Vital statistics of India. Vol. IV, Annual returns from 1871 to 1876. British Army of India, Native Army and jails of Bengal
Year: 1871
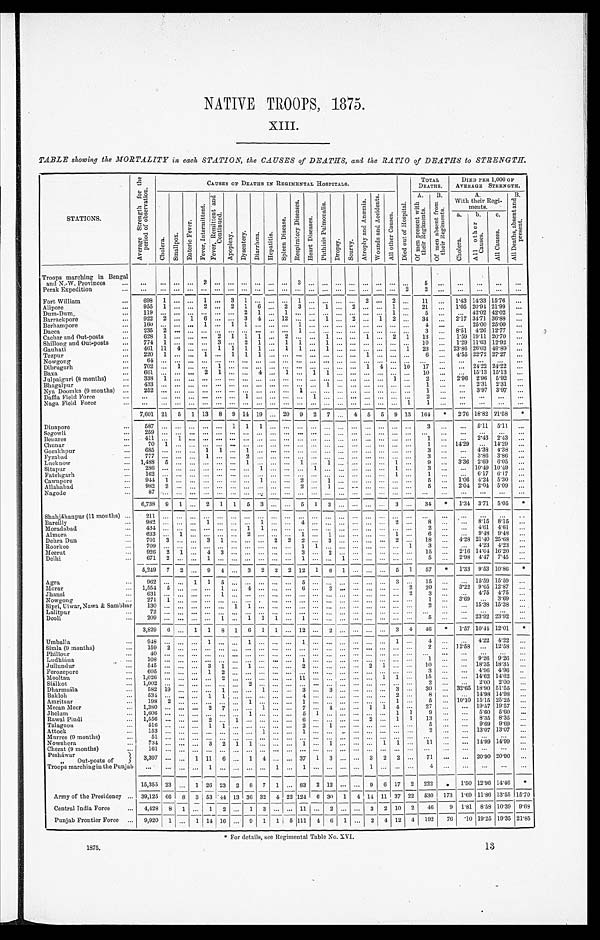
NATIVE TROOPS, 1875.
III.
TABLE showing the MORTALITY in, each STATION, the CAUSES of DEATHS, and the RATIO of DEATHS to STRENGTH.
STATIONS.
A v e r a g e S t r e n g t h f o r t h e p e r i o d o f o b s e r v a t i o n .
C A U S E S O F D E A T H I N R E G I M E N T A L H O S P I T A L S .
TOTAL
DEATHS.
DIED PER 1,000 OF
AVERAGE STRENGTH.
C h o l e r a .
S m a l l p o x .
e n t c r i c F e v e r .
F e v e r R e m i t t e n t a n d C o n t i n u e d .
A p o p l e x y .
D y s e n t e r y . D i a r r h œ a .
H e p a t i t i s .
s p l e e n D i s e a s e s .
R e s p i r a t o r y d i s e a s e s .
H e a r t d i s e a s e s .
P h t h i s i s P u l m o n a l i s .
D r o s y . s c u r v y .
A t r o p h y a n d A n æ m i a .
W o u n d s a n d a c c i d e n t s .
A l l o t h e r C a u s e s .
D i e d o u t o f H o s p i t a l .
A . O f m e n p r e s e n t w i t h t h e i r R e g i m e n t s . B . O f m e n a b s e n t w i t h t h e i r R e g i m e n t s .
A .
W i t h t h e i r R e g i m e n t .
B. A l l D e a t h s , a b s e n t a n d p r e s e n t .
a .
C h o l e r a . b. A l l o t h e r c a u s e s . c .
A l l C a u s e s .
Troops marching in Bengal
and N.-W. Provinces ... ... ... ... ... 2
. . . . . . . . . . . .
. . . . . .
3
. . . . . . . . .
... ... ... ... ... 5
. . .
. . . ... ... ...
Perak Expedition
. . . . . .
. . . . . . . . . . . . . . . . . . . . . . . .
. . . . . . . . . . . . . . . . . . . . . . . . . . . . . . 2 2 . . .
. . . . . .
. . . ...
Fort William
... 698 1 ... ... 1 ... 3 1 ... ... ... 1 ... ... ... ... 2 . . . 2 . . . 11
. . . 1.43 14.33 15.76 ...
Alipore
. . . 955 1 ... ... 2 ... 2 1 6 ... 2 3 ... 1 ... 2 ... ... 1 . . . 21 . . . 1.05 20.94 21.99
. . .
Dum-Dum_
. . . 119 . . . . . . . . . . . . . . . . . . 2 1
1 . . . . . . . . . . . . . . . . . . . . . 1 . . . 5
... ... 42.02 42.02 ...
Barrackpore
... 922 2 ... 1 6 ... ... 3 4
. . . 1 2 . . . . . . 1 . . . . . . ... 1 2 ... 34 . . . 2.17 34.71 36.88
. . .
Berhampore
...
1 6 0 . . . . . . . . . 1 . . . . . . 1 1
. . . . . . 1 1 . . . . . . . . . . . . . . . . . . . . . 4
. . .
. . . 25.00 25.00 ...
Dacca
. . .
2 3 5 2 . . . . . . . . . . . . . . . . . . . . .
. . . . . . 1 . . . . . . . . . . . . . . . . . . . . . . . . 3 . . .
8 ' 5 1 4.26 12.77
...
Cachar and Out-posts
... 628 1 ... ... ... 2 1 1 1 ... 2 ... . . . 1 . . . . . . . . . ... 2 1 13
. . . 1.59 19.11 20.70
. . .
Shillong and Out-posts ... 774 1 ... . . . ... 3 ... 2 1 ... 1 1 ... 1 ... ... ... ... ... ... 10 . . . 1.29 11.63 12.92 ...
Gauhati
. . . 461 11 4 . . . ... 1 1 1 1 ... 1 1 ... 1 ... ... ... ... . . . 1 23
. . . 23.86 26.03 49.89 ...
Tezpur
. . . 220 1 . . . . . . 1 . . . 1 1 1
. . . . . . . . . . . . . . . . . . . . . 1 . . . . . . . . . 6 . . . 4.55 22.72 27.27 ...
Nowgong
. . .
6 4 . . . . . . . . . . . . . . . . . . . . . . . .
. . . . . . . . . . . . . . . . . . . . . . . . . . . . . . . . .
. . . . . .
. . . . . .
. . . ...
Dibrugarh
. . . 702 . . . 1 . . . . . . 1 . . . . . . . . .
. . . . . . . . . ... ... ... ... 1 4 ... 10 17 ... ... 24.22 24.22 ...
Baxa
...
6 6 1 . . . . . . . . . 2 1 . . . . . . 4
. . . 1 ... 1 1 . . . . . . ... ... ... . . . 10 . . . ... 15.13 15.13 ...
Julpaiguri (8 months)
. . . 338 1 . . . . . . . . . . . . . . . . . . . . .
. . . . . . . . . . . . . . . . . . . . . . . . . . . . . . ... 2
... 2.96 2.90 5.92
. . .
Bhagalpur
...
4 3 3 . . . . . . . . . . . . . . . . . . . . . . . .
. . . . . . . . . . . . 1 . . . . . . . . . ... ... ... 1 ... . . . 2.31 2.31 ...
Nya Doomka (9 months) ...
2 5 2 . . . . . . . . . . . . . . . . . . . . . . . .
. . . . . . 1 . . . ... . . . ... ... ... . . . ... 1 ... ... 3.97
3 . 9 7 ...
Daffla field force
. . .
. . . ... . . . . . . . . . . . . . . . 1 ...
. . . . . . . . . 1 . . . . . . ... . . . ... . . . . . .
2
. . . . . .
. . .
. . . ...
Naga Field Force
. . .
. . . . . . . . . . . . . . . . . . . . . . . . . . .
. . . . . . . . . . . . . . . . . . . . . . . . . . . . . . 1
1
. . . . . .
. . .
. . . ...
7,601 21 5 1 13 8 9 14 19 ...20 9 2 7 ... 4 5 5 9 13 164
* 2.76 18.82 21.58 *
Dinapore
. . .
5 8 7 . . . . . . . . . . . . . . . 1 1 1
. . . . . . . . . . . . . . . . . . . . . . . . . . . . . . . . . 3
. . . . . . 5.11 5.11
. . .
Segowli
. . .
2 5 9 . . . . . . . . . . . . . . . . . . . . . . . .
. . . . . . . . . . . . . . . . . . . . . . . . . . . . . . . . .
. . . . . .
. . . . . .
. . . ...
Benares
. . .
4 1 1 . . . 1 . . . . . . . . . . . . . . . . . .
. . . . . . . . . . . . . . . . . . . . . . . . . . . . . . . . . 1 . . .
. . . 2.43 2.43 ...
Chunar
. . . 70 1 ... . . . ... ... . . . ... . . . ... ... . . . ... ... . . . . . . . . . . . . . . . . . . 1 ... 14.29 ... 14.29 ...
Gorakhpur
. . .
6 8 5 . . . . . . . . . 1 1 . . . 1 . . .
. . . . . . . . . ... . . . . . . . . . . . . . . . . . . . . . 3
. . . ... 4.38 4.38 ...
Fyzabad
...
7 7 7 . . . . . . . . . 1 . . . . . . 2 . . .
. . . . . . . . . . . . . . . ... . . . . . . . . . ... . . . 3 . . . ... 3.86 3.86 ...
Lucknow
. . .
1 , 4 8 8 5 . . . . . . . . . . . . . . . 1 . . .
. . . . . . 1 . . . 1 . . . . . . . . . . . . 1 . . . 9 . . . 3.36 2.09 6.05
. . .
Sitapur
. . .
2 8 6 . . . . . . . . . . . . . . . . . . . . . 1
. . . . . . . . . 1 . . . . . . . . . . . . . . . 1 . . . 3 ... ... 10.49 10.19
. . .
Fatehgarh
...
1 6 2 . . . . . . . . . . . . . . . . . . . . . . . .
. . . . . . . . . . . . . . . . . . . . . . . . . . . 1 . . . 1 ...
. . . 6.17 6.17 ...
Cawnpore
. . . 944 1 . . . . . . . . . . . . . . . . . . 1
. . . . . . 2 . . . 1 . . . . . . . . . . . . . . . . . .
5
. . . 1.06 4.24 5.30
. . .
Allahabad
. . .
9 8 2 . . . . . . . . . . . . . . . . . . . . . . . .
. . . . . . 2 . . . 1 . . . . . . . . . . . . . . . . . . 5 . . . 2.04 2.04 5.09 ...
Nagode
. . .
8 7 . . . . . . . . . . . . . . . . . . . . . 0 . . . . . . . . .
. . . . . . . . . . . . . . . . . . . . . . . . . . . . . .
. . .
. . .
. . .
. . .
. . .
Shahjáhanpur (11 months) ...
6,738 9 1 ... 2 1 1 5 3 ... ... 5 1 3 ... ... ... ... 3 ... 34
* 1.34 3.71 5.05 *
211 . . . . . . . . . . . . . . . . . . . . . . . .
. . . . . . . . . . . . . . . . . . . . . . . . . . . . . . . . .
. . . . . .
. . . . . .
. . . ...
Bareilly
. . .
9 8 2 . . . . . . . . . 1 . . . . . . . . . 1
. . . . . . 4 . . . . . . . . . . . . . . . . . . 2 . . . 8
. . . ... 8.15 8.15 ...
Moradabad
. . .
4 3 4 . . . . . . . . . . . . . . . . . . 1 1
. . . . . . . . . . . . . . . . . . . . . . . . . . . . . . . . . 2 ... ... 4.61 4.61 ...
Almora
. . . 633 . . . 1 . . . . . . . . . . . . 2 . . .
. . . . . . 1 . . . 1 . . . . . . . . . . . . 1 . . . 6 . . . ... 9.48 9.48 ...
Dehra Dun
... 701 3 ... ... 3 1 ... ... ... 2 2 2 . . . 3 . . . ... . . . ... 2 . . . 18
. . . 4.28 21.40 25.68 ...
Roorke
. . .
7 0 9 . . . . . . . . . . . . . . . . . . . . . . . .
. . . . . . 1 1 . . . ... . . . ... . . . . . . 1 3 . . . ... 4'23 4'23 ...
Meerut
. . . 926 2 1 . . . 4 3 . . . . . . . . .
. . . . . . 3 . . . 2 . . . . . . . . . . . . . . . . . . 15 ... 2.16 14.04 16.20
. . .
Delhi
...
6 7 1 2 . . . . . . 1 . . . . . . . . . . . .
. . . . . . 1 . . . . . . 1 . . . . . . . . . . . . . . . 5 ... 2.98 4.47 7.45 ...
Agra
...
5,249 7 2 ... 9 4 ... 3 2 2 2 12 1 6 1 ... . . . ... 5 1 57
* 1.33 9.53 10.80 *
9 6 2 . . . . . . 1 1 5 . . . . . . . . .
. . . . . . 5 . . . . . . . . . . . . . . . . . . 3 . . .
1 5 . . .
. . . 1 5 . 5 9
1 5 . 5 9
...
Morar
... 1,554 5 . . . . . . ... 1 . . . 4 . . .
. . . . . . 6 . . . 2 . . . . . . . . . . . . . . . 2 20
. . . 3.22 9.65 12.87 ...
Jhansi
... 631 . . . ... ... . . . 1
... . . . ... ... ... . . . ... . . . ... ... ... ... ... 2 3 ...
. . . 4.75 4.75 ...
Nowgong
. . . 271 1 . . . . . . . . . . . . . . . . . . .
. . . . . . . . . . . . . . . . . . . . . . . . ... . . . . . . 1 . . . 3.69 ... 3.69 ...
Sipri, UIwar, Nawa & Sambhar . . .
1 3 0 . . . . . . . . . . . . . . . 1 1 . . .
. . . . . . . . . . . . . . . . . . . . . . . . . . . . . . . . . 2 . . . ... 15.38 15.38 ...
Lalitpur
...
7 2 . . . . . . . . . . . . . . . . . . . . . . . .
. . . . . . . . . . . . . . . . . . . . . . . . . . . . . . . . .
. . . . . .
. . . . . .
. . . ...
Deoli
... 209 ... . . . . . . ... 1 ... 1 1
. . . . . . . . . . . . . . . . . . . . . . . . . . . . . . . . . 5 . . .
. . . 23.92 23.92
. . .
Umballa
. . .
3,829 6 . . . 1 1 8 1 6 1 1 ...
1 2 ...
2 . . . . . .
. . . . . . 3 4
4 6 * 1.57 10.44 12.01 *
9 4 8 . . . . . . . . . 1 . . . . . . 1 . . .
. . . . . . 1 . . . . . . . . . . . . . . . . . . 1 . . .
4
. . . ... 4.22 4.22 ...
Simla (9 months)
... 159 2 . . . . . . . . . . . . . . . . . . . . .
. . . . . . . . . . . . . . . . . . . . . . . . . . . . . . . . .
2
. . .
1 2 . 5 8 ... 12.58 ...
Phillour
...
4 0 . . . . . . . . . . . . . . . . . . . . . . . .
. . . . . . . . . . . . . . . . . . . . . . . . . . . . . . . . . . . .
. . . . . .
. . .
. . .
. . .
Ludhiána
...
1 0 8 . . . . . . . . . . . . . . . . . . . . . . . .
. . . . . . 1 . . . . . . . . . . . . . . . . . . . . . . . . 1
. . .
. . . 9.26 9.26 ...
Jullundur
... 545 ... ... ... 3 1 ... 1 . . .
. . . . . . 2 . . . . . . . . . . . . 2 1 . . . . . . 10 ... ... 18.35 18.35
. . .
Ferozepor
...
6 0 5 . . . . . . . . . 1 2 . . . . . . . . .
. . . . . . . . . . . . . . . . . . . . . . . . . . . . . . . . . 3 ... ... 4.96 4.96 ...
Moolta
. . .
1 , 0 2 6 . . . . . . . . . . . . 2 . . . . . . . . .
. . . . . . 1 1 . . . . . . . . . . . . . . . 1 1 . . . 15
. . .
. . . 14.62 14.62 ...
Siálko
. . .
1 , 0 0 2 . . . . . . . . . . . . . . . . . . 2 . . .
. . . ... . . . . . . . . . . . . . . . . . . . . . . . . 2 ...
. . . 2.00 2.00 ...
Dharrmsála
... 582 19 ... . . . . . . 1 . . . . . . 1
. . . . . . 3 . . . 3 . . . . . . . . . . . . 3 . . . 30 ... 32.65 19.90 51.55 ...
Bakloh
... 534 . . . . . . . . . 1 1 . . . . . . . . .
. . . . . . 4 . . . . . . . . . . . . . . . . . . 2 . . . 8 ... ... 14.98 14.98 ...
Amritsar
...
1 9 8 2 . . . . . . . . . . . . . . . 1 . . .
. . . . . . 1 . . . . . . . . . . . . ... ... 1 ...
5
. . . 10.10 15.15 25.25 ...
Meean Meer
. . .
1 , 3 8 0 . . . ... ... 2 7 . . . . . . 1
. . . . . . 7 . . . 4 . . . ... 1 1 4 . . . 27 ...
. . . 19.57 19.57
. . .
Jhelum
... 1,606 . . . . . . . . . . . . . . . . . . 1 . . .
. . . . . . 5 1 . . . . . . . . . . . . . . . 1 1 9 . . .
. . . 5.60 5.60
. . .
Rawal Pindi
1,556 . . . . . . ... 2 . . . 1 . . . . . . ... ... 6 ... ... ... ... 2 ... 1 1 13 ... ... 8.35 8.35 ...
Talagaon
. . . 516 ... ... . . . 1 1 . . . . . . . . .
. . . . . . 2 . . . 1 . . . . . . . . . . . . . . . . . . 5 . . . ... 9.69 9.69
. . .
Attock
. . . 153 . . . . . . . . . . . . . . . ... . . . 1
. . . . . . 1 . . . . . . . . . . . . . . . . . . . . . . .
2
. . . . . . 13.07 13.07 ...
Murree (9 months)
...
5 1 . . . . . . . . . . . . . . . . . . . . . . . .
. . . . . . . . . . . . . . . . . . . . . . . . . . . . . . . . . . . .
. . .
. . .
. . .
. . .
. . .
Nowshera
... 734 . . . ... . . . 3 2 1 1 . . .
. . . . . . 1 . . . 1 . . . . . . . . . 1 1 . . . 11 ... ... 14.99 14.99 ...
Cherat (9 months
...
1 6 1 . . . . . . . . . . . . . . . . . . . . . . . .
. . . . . . . . . . . . . . . . . . . . . . . . . . . . . . . . . . . .
. . .
. . .
. . .
. . .
. . .
Pesháwar Out-posts of
} 3,397 . . . . . . 1 11 6 ... 1 4 ... ... 37 1 3 . . . . . . 3 2 2 ... 71 ... ... 20.90 20.90 ...
Troops marching in the Punjab
. . .
. . . . . . . . . 1 . . . . . . . . . . . .
1 . . . 1 . . . . . . . . . . . . 1 . . . . . . . . .
4
. . .
. . . . . .
. . . ...
Army of the Presidency ...
15,355 23 ... 1 26 23 2 8 7 1 . . . 83 2 12 . . . . . . 9 6 17 2 222 * 1.50 12.96 14.46 *
39,125 66
___8 3 53 44 13 36 32
4 2 2 1 2 4 6 3 0 1 4 14 11 37 22 530 173 1.69 11.86 13.55 15.70
Central India Force ... 4,428 8 1 ... 1 2 ... 1 3
. . . . . .
1 1 . . . 2 ... ... 3 2 10 2 46 9 1.81 8.58 10.39 9.68
Punjab Frontier Force ... 9,920 1 .., 1
1 4 16 ... 9 1
1 5 111 4 6 1 ... 2 4 12 4 192 76 .10 19.25 19.35 21.85
For details, see Regimental Table No. XVI.
1875.
1 3